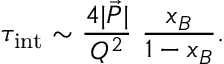
\tau _ { \mathrm { i n t } } \sim { \frac { 4 | \vec { P } | } { Q ^ { 2 } } } ~ { \frac { x _ { B } } { 1 - x _ { B } } } .